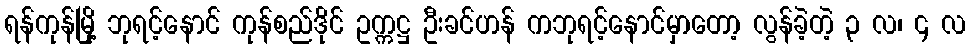
ရန်ကုန်မြို့ ဘုရင့်နောင် ကုန်စည်ဒိုင် ဥက္ကဋ္ဌ ဦးခင်ဟန် ကဘုရင့်နောင်မှာတော့ လွန်ခဲ့တဲ့ ၃ လ၊ ၄ လ